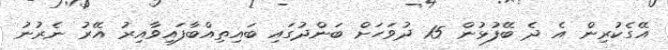
އޭގެކުރިން އެ ދެ ބޭފުޅުން 15 ދުވަހަށް ބަންދުގައި ބައިތިއްބާފައިވާއިރު އޭރު ނެރުނު